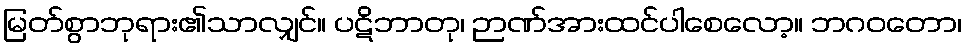
မြတ်စွာဘုရား၏သာလျှင်။ ပဋိဘာတု၊ ဉာဏ်အားထင်ပါစေလော့။ ဘဂဝတော၊